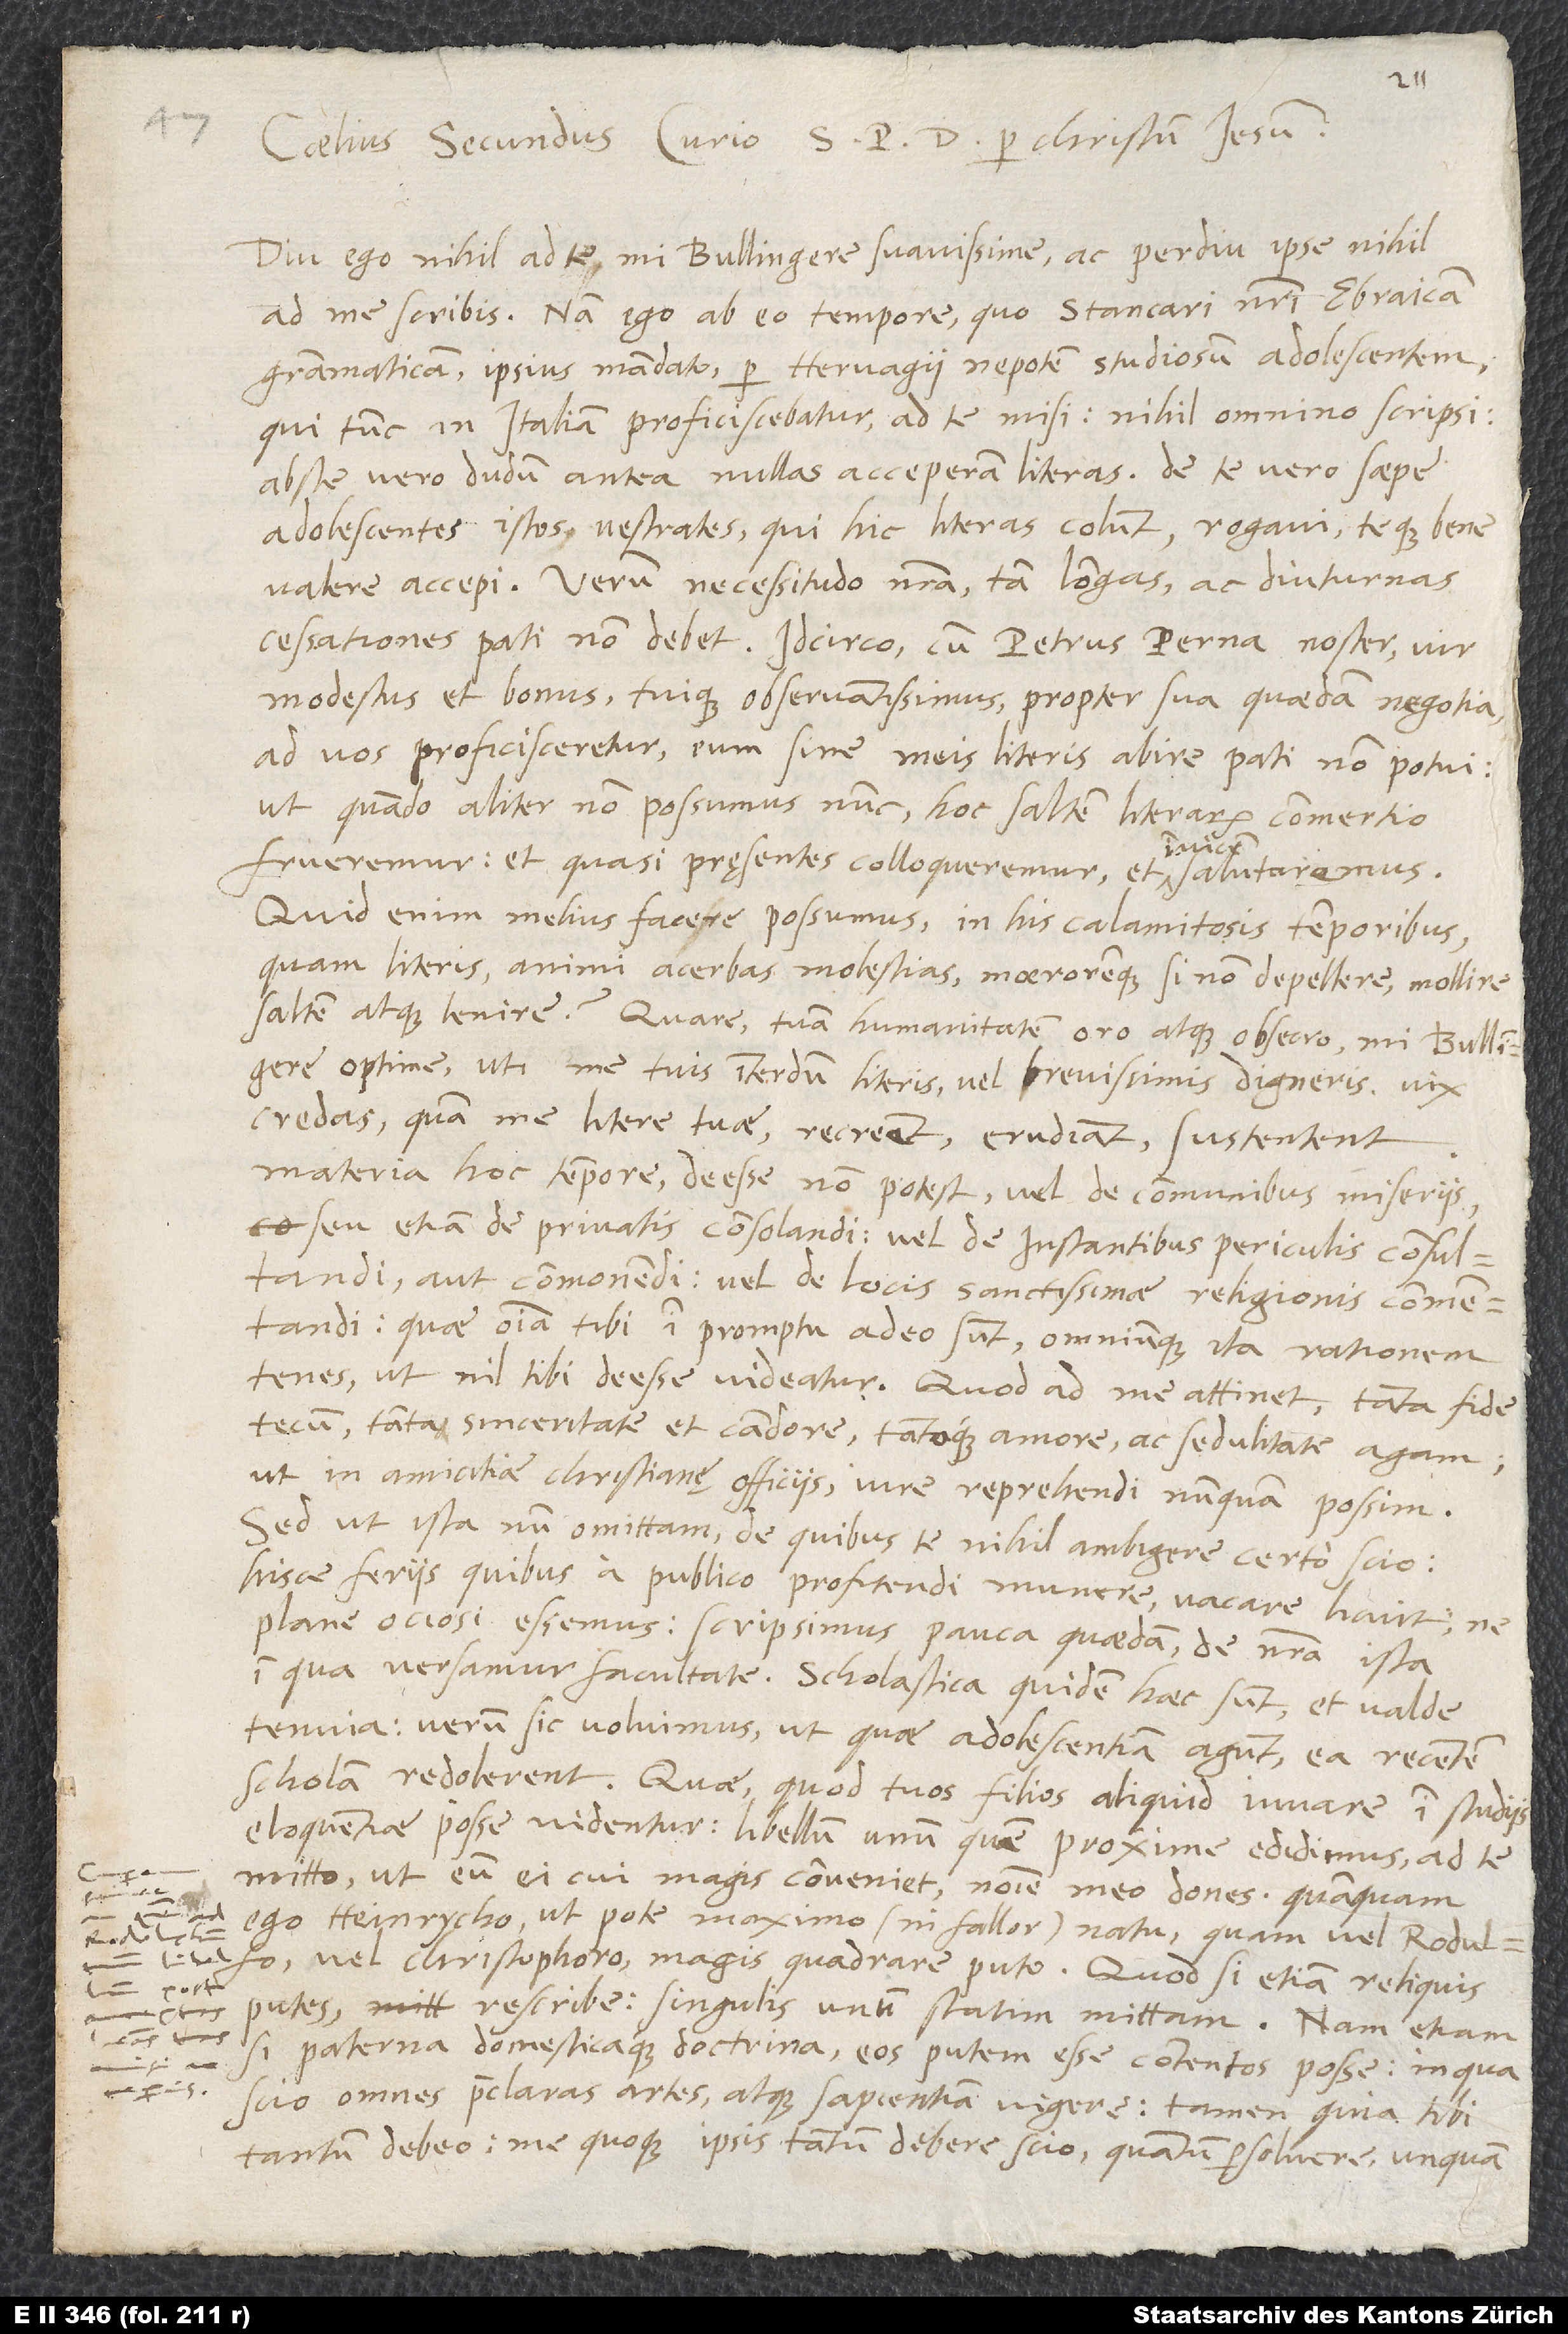
Caelius Secundus Curio S. P. D. per Christum Iesum.
Diu ego nihil ad te, mi Bullingere suavissime, ac perdiu ipse nihil
ad me scribis. Nam ego ab eo tempore, quo Stancari nostri Ebraicam
grammaticam ipsius mandato per Hervagii nepotem, studiosum adolescentem,
qui tunc in Italiam proficiscebatur, ad te misi, nihil omnino scripsi
(abs te vero dudum antea nullas acceperam literas). De te vero saepe
adolescentes istos vestrates, qui hic literas colunt, rogavi, teque bene
valere accepi. Verum necessitudo nostra tam longas ac diuturnas
cessationes pati non debet. Idcirco, cum Petrus Perna noster, vir
modestus et bonus tuique observantissimus, propter sua quaedam negotia
ad vos proficisceretur, eum sine meis literis abire pati non potui,
ut, quando aliter non possumus nunc, hoc saltem literarum commertio
frueremur et quasi pręsentes colloqueremur et invicem salutaremus.
Quid enim melius facere possumus in his calamitosis temporibus
quam literis animi acerbas molestias moeroremque, si non depellere, mollire
saltem atque lenire? Quare tuam humanitatem oro atque obsecro, mi Bullingere
optime, uti me tuis interdum literis, vel brevissimis, digneris. Vix
credas, quam me litere tuae recreent, erudiant, sustentent.
Materia hoc tempore deesse non potest vel de communibus miseriis
seu etiam de privatis consolandi vel de instantibus periculis consultandi
aut commonendi vel de locis sanctissimae religionis commentandi;
quae omnia tibi in promptu adeo sunt, omniumque ita rationem
tenes, ut nil tibi deesse videatur. Quod ad me attinet, tanta fide
tecum, tanta sinceritate et candore tantoque amore ac sedulitate agam,
ut in amicitiae christianę officiis iure reprehendi nunquam possim.
Sed ut ista nunc omittam, de quibus te nihil ambigere certo scio:
hisce feriis, quibus a publico profitendi munere vacare licuit, ne
plane ociose essemus, scripsimus pauca quaedam de nostra ista,
in qua versamur, facultate. Scholastica quidem haec sunt et valde
tenuia. Verum sic voluimus, ut, quae adolescentiam agunt, ea recentem
scholam redolerent. Quae, quod tuos filios aliquid iuvare in studiis
eloquentiae posse videntur, libellum unum, quem proxime edidimus, ad te
mitto, ut eum ei, cui magis conveniet, nomine meo dones, quamquam
ego Heinrycho, utpote maximo (ni fallor) natu, quam vel Rodulfo
vel Christophoro magis quadrare puto. Quod si etiam reliquis
putes, rescribe! Singulis unum statim mittam. Nam etiam
si paterna domesticaque doctrina eos putem esse contentos posse (in qua
scio omnes praeclaras artes atque sapientiam vigere), tamen, quia tibi
tantum debeo, me quoque ipsis tantum debere scio, quantum persolvere unquam